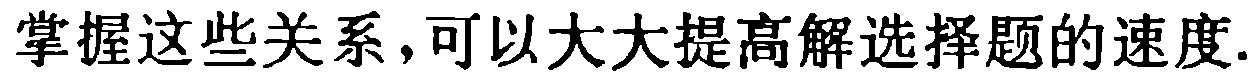
掌握这些关系，可以大大提高解选择题的速度.